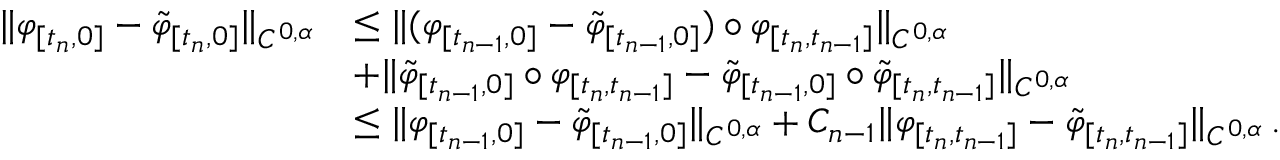
\begin{array} { r l } { \lVert \varphi _ { [ t _ { n } , 0 ] } - \tilde { \varphi } _ { [ t _ { n } , 0 ] } \rVert _ { C ^ { 0 , \alpha } } } & { \leq \lVert ( \varphi _ { [ t _ { n - 1 } , 0 ] } - \tilde { \varphi } _ { [ t _ { n - 1 } , 0 ] } ) \circ \varphi _ { [ t _ { n } , t _ { n - 1 } ] } \rVert _ { C ^ { 0 , \alpha } } } \\ & { + \lVert \tilde { \varphi } _ { [ t _ { n - 1 } , 0 ] } \circ \varphi _ { [ t _ { n } , t _ { n - 1 } ] } - \tilde { \varphi } _ { [ t _ { n - 1 } , 0 ] } \circ \tilde { \varphi } _ { [ t _ { n } , t _ { n - 1 } ] } \rVert _ { C ^ { 0 , \alpha } } } \\ & { \leq \lVert \varphi _ { [ t _ { n - 1 } , 0 ] } - \tilde { \varphi } _ { [ t _ { n - 1 } , 0 ] } \rVert _ { C ^ { 0 , \alpha } } + C _ { n - 1 } \lVert \varphi _ { [ t _ { n } , t _ { n - 1 } ] } - \tilde { \varphi } _ { [ t _ { n } , t _ { n - 1 } ] } \rVert _ { C ^ { 0 , \alpha } } \, . } \end{array}